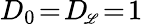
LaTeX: D_{0}\! =\! D_{{\scriptscriptstyle\! \mathscr{L}}}\! =\! 1